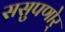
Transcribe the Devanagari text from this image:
ससुपणोर्